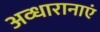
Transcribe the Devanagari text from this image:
अव्धारानाएं